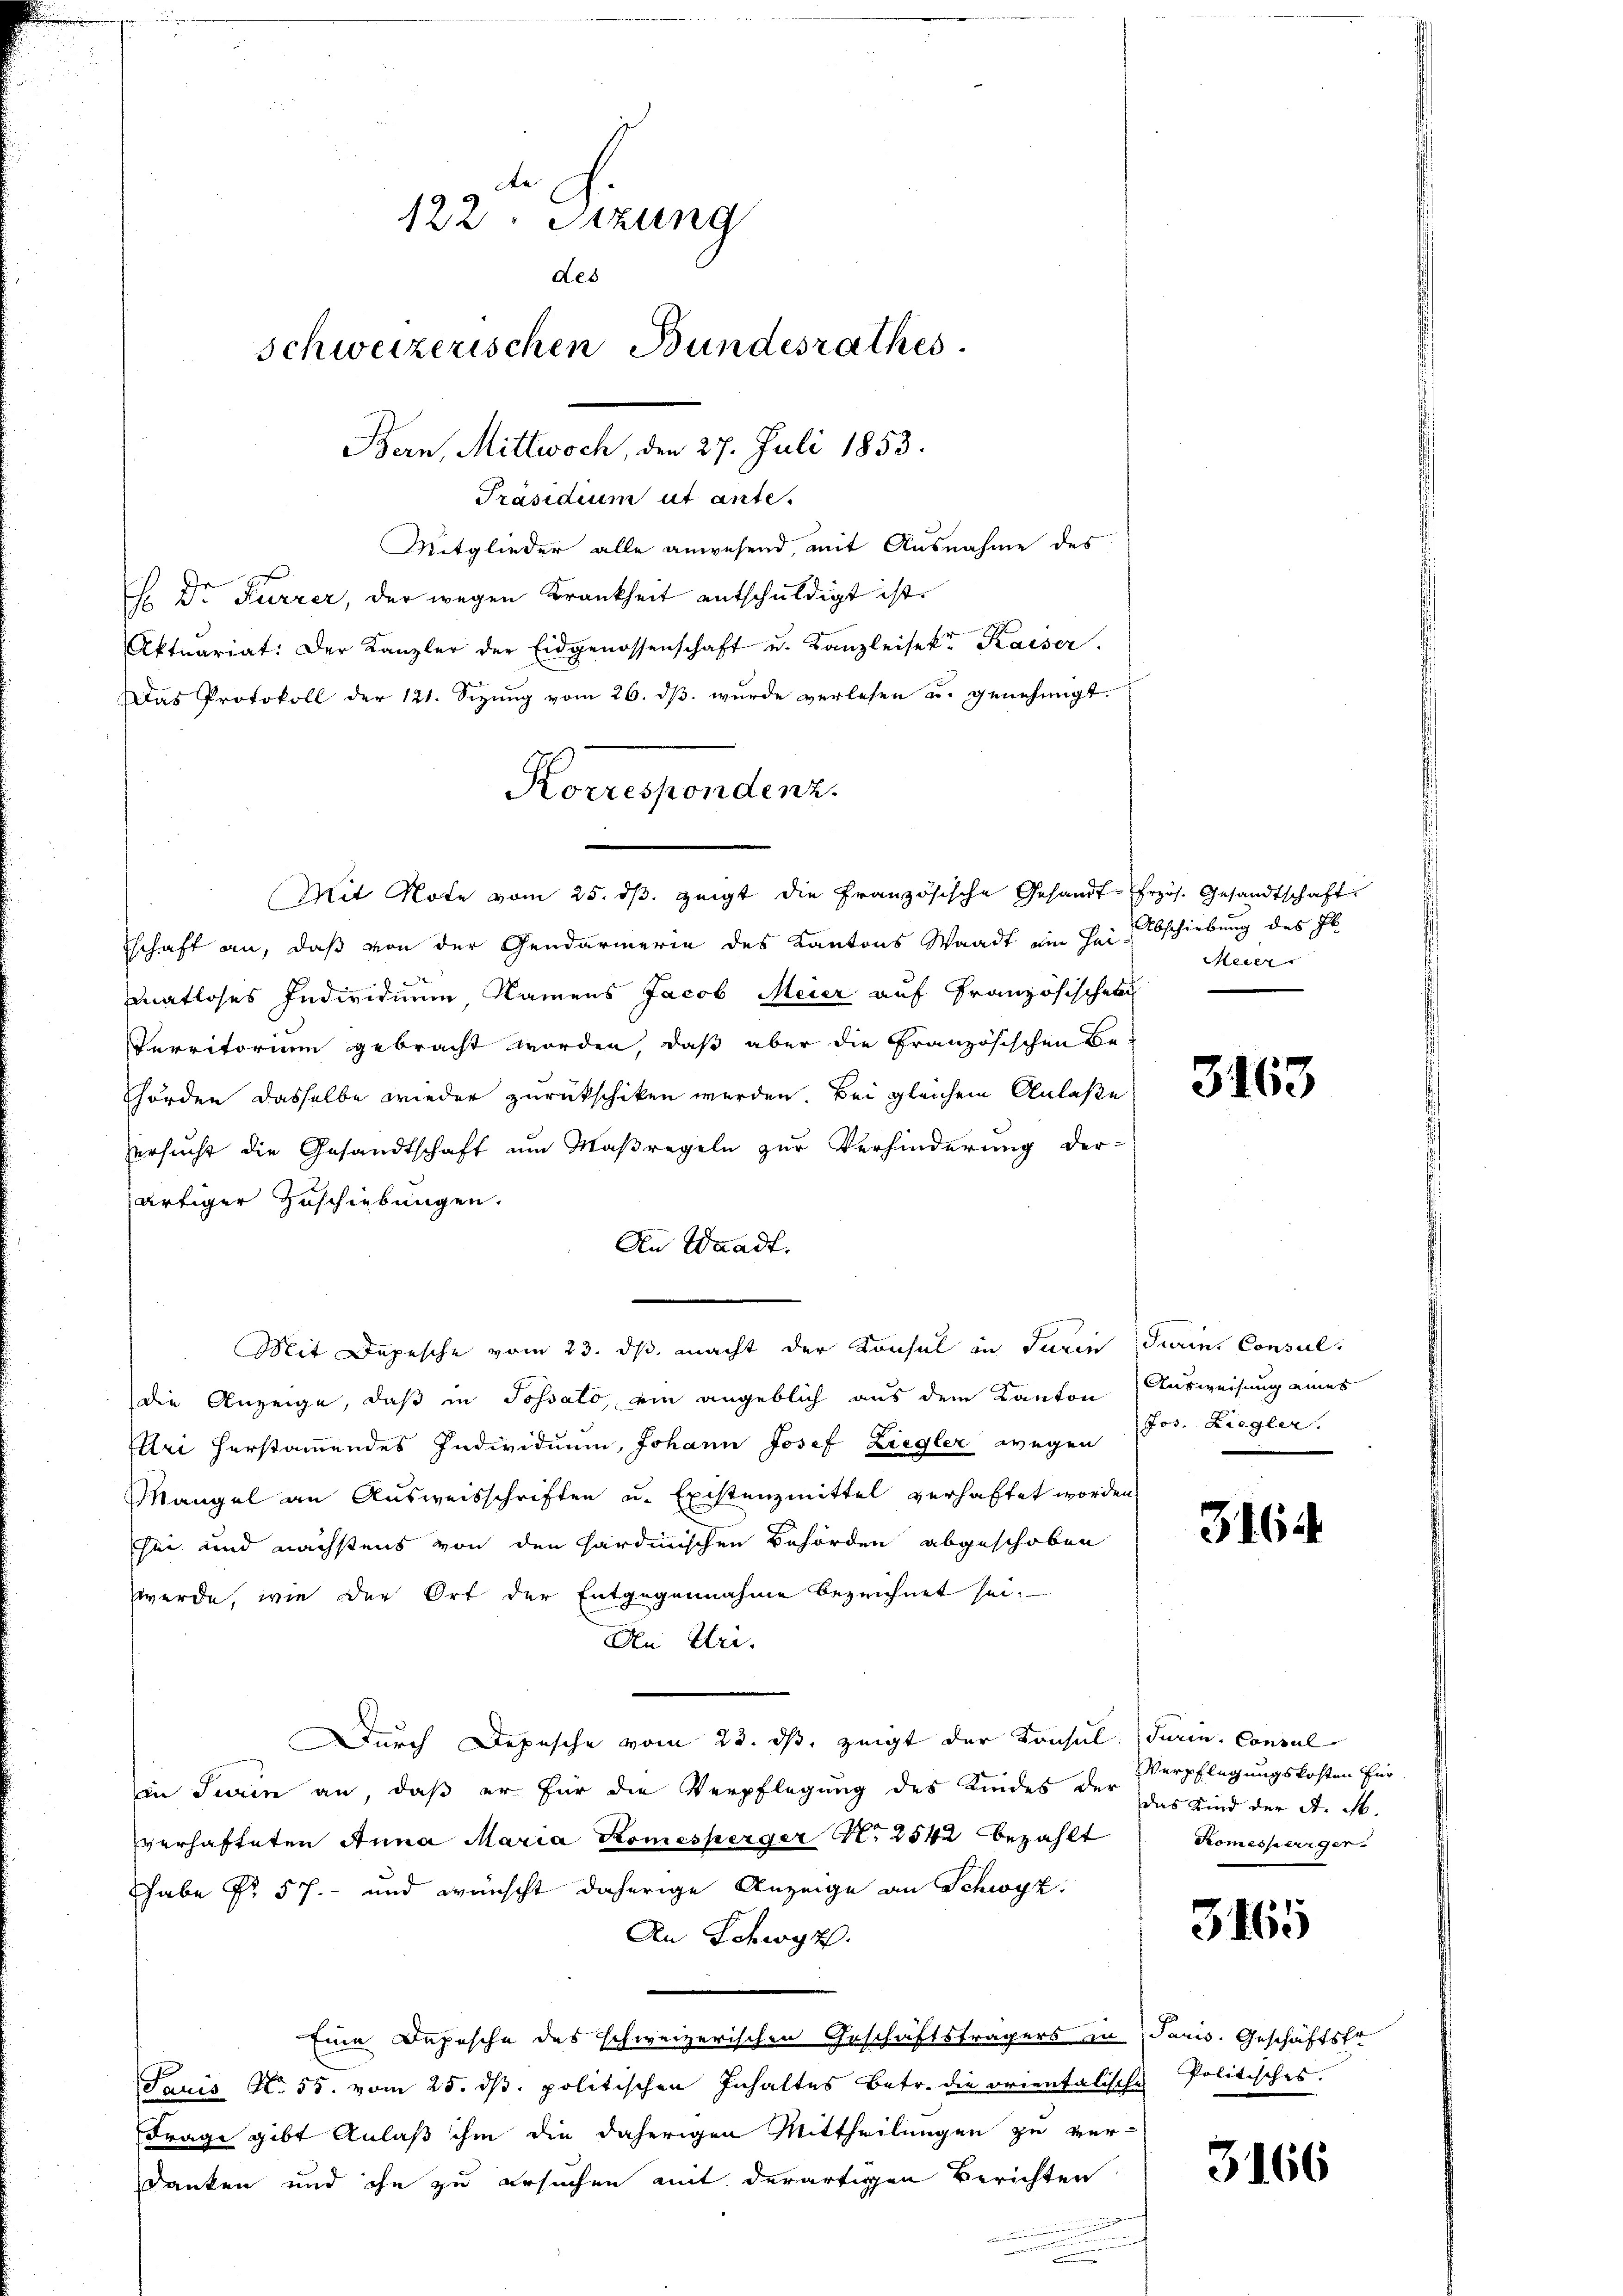
122. Sitzung
des
schweizerischen Bundesrathes
Bern, Mittwoch, den 27. Juli 1853.

Präsidium ut ante.
Mitglieder alle anwesend, mit Ausnahme des
H. Dr Furrer, der wegen Krankheit entschuldigt ist.
Aktuariat: Der Kanzler der Eidgenossenschaft u. Kanzleisekt Kaiser.
Das Protokoll der 121. Sizŭng vom 26. dβ. wurde verlesen u. genehmigt.
schaft an, daß von der Gendarmerie des Kantons Waadt ein Bei Abschiebung des Il
8
matloses Individuum Namens Jacob Meier auf Französischek
Perritorium gebracht worden, daß aber die Französischen Be-
hörden dasselbe wieder zurückschiken werden. Bei gleichem Anlaße
ersucht die Gesandtschaft um Maßregeln zur Verhinderung der-
artiger Zuschiebungen.
An Waadt.
Mit Depesche vom 23. ds. macht der Konsul in Turin Turini Consul
die Anzeige, daß in Possato, ein angeblich aus dem Kanton
Curi herstammendes Individuum, Johann Josef Liegler wegen
Mangel an Ausweisschriften u. Existenzmittel verhaftet worden
see und nächstens von den sardinischen Behörden abgeschoben
werde, wie der Ort der Entgegennahme bezeichnet sei.
An Uri.
Durch Depesche vom 23. ds. zeigt der Konsul darin, Consul
in Turin an, daß er für die Verpflegung des Kindes der der Kind der A. M.
verhafteten Anna Maria Komesperger N. 2542 bezahlt Komesperger.
Habe Nr. 57. - und wünscht daherige Anzeige an Schwyz.
An Schwyz.
Eine Depesche des schweizerischen Geschäftsträgers zu Paris. Geschäftste
Pruis No. 55. vom 25. ds. politischen Inhaltes Betr. die orientalische Politisches.
Frage gibt Anlaß ihm die daherigen Mittheilungen zu ver-
danken und ihn zu ersuchen mit derartigen Berichten
i

Korrespondenz.
e

Mit Note vom 25. dβ zeigt die Französische Gesandt-frzös. Gesandtschaft

Meier

3163

Ausweisung eines
Jos. Liegler.

3164

Verpflegungskosten für

3465

3166